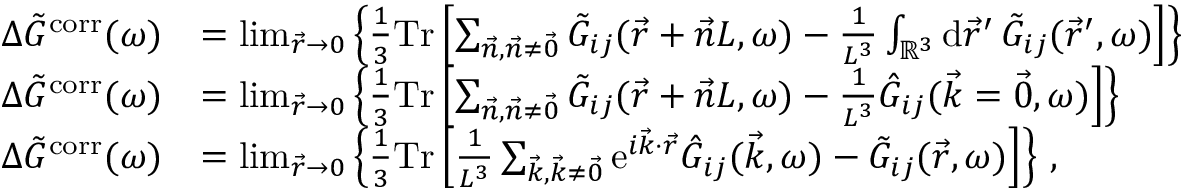
\begin{array} { r l } { \Delta \Tilde { G } ^ { \mathrm { c o r r } } ( \omega ) } & { = \operatorname* { l i m } _ { \vec { r } \to 0 } \left\{ \frac { 1 } { 3 } \mathrm { T r } \left[ \sum _ { \vec { n } , \vec { n } \neq \vec { 0 } } \Tilde { G } _ { i j } ( \vec { r } + \vec { n } L , \omega ) - \frac { 1 } { L ^ { 3 } } \int _ { \mathbb { R } ^ { 3 } } \mathrm { d } \vec { r } ^ { \prime } \, \Tilde { G } _ { i j } ( \vec { r } ^ { \prime } , \omega ) \right] \right\} } \\ { \Delta \Tilde { G } ^ { \mathrm { c o r r } } ( \omega ) } & { = \operatorname* { l i m } _ { \vec { r } \to 0 } \left\{ \frac { 1 } { 3 } \mathrm { T r } \left[ \sum _ { \vec { n } , \vec { n } \neq \vec { 0 } } \Tilde { G } _ { i j } ( \vec { r } + \vec { n } L , \omega ) - \frac { 1 } { L ^ { 3 } } \Hat { G } _ { i j } ( \vec { k } = \vec { 0 } , \omega ) \right] \right\} } \\ { \Delta \Tilde { G } ^ { \mathrm { c o r r } } ( \omega ) } & { = \operatorname* { l i m } _ { \vec { r } \to 0 } \left\{ \frac { 1 } { 3 } \mathrm { T r } \left[ \frac { 1 } { L ^ { 3 } } \sum _ { \vec { k } , \vec { k } \neq \vec { 0 } } \mathrm { e } ^ { i \vec { k } \cdot \vec { r } } \Hat { G } _ { i j } ( \vec { k } , \omega ) - \Tilde { G } _ { i j } ( \vec { r } , \omega ) \right] \right\} \, , } \end{array}